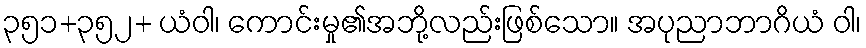
၃၅၁+၃၅၂+ ယံဝါ၊ ကောင်းမှု၏အဘို့လည်းဖြစ်သော။ အပုညာဘာဂိယံ ဝါ၊